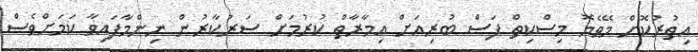
އިތުރުކޮށް މޭވެޔޮ މިސްކިތް ފަސް ބުރިއަށް އިމާރާތް ކުރުމަށް ސަރުކާރުން ނިންމާފައިވާ ކަމަށްވެސް